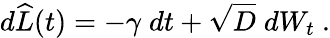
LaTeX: d\widehat{L}(t)=-\gamma\; dt+\sqrt{D}\; dW_{t}\ .